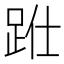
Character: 𨀋